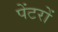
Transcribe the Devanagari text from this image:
पेंटरों